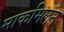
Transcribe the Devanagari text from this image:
माकमिलन